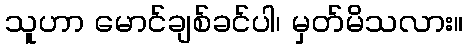
သူဟာ မောင်ချစ်ခင်ပါ၊ မှတ်မိသလား။